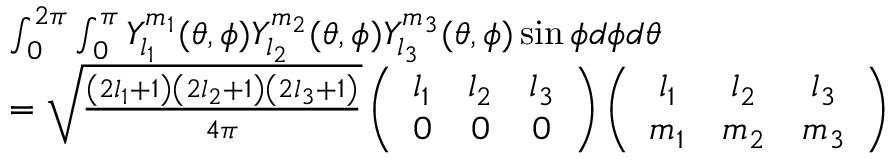
\begin{array} { r l } & { \int _ { 0 } ^ { 2 \pi } \int _ { 0 } ^ { \pi } Y _ { l _ { 1 } } ^ { m _ { 1 } } ( \theta , \phi ) Y _ { l _ { 2 } } ^ { m _ { 2 } } ( \theta , \phi ) Y _ { l _ { 3 } } ^ { m _ { 3 } } ( \theta , \phi ) \sin \phi d \phi d \theta } \\ & { = \sqrt { \frac { \left( 2 l _ { 1 } + 1 \right) \left( 2 l _ { 2 } + 1 \right) \left( 2 l _ { 3 } + 1 \right) } { 4 \pi } } \left( \begin{array} { c c c } { l _ { 1 } } & { l _ { 2 } } & { l _ { 3 } } \\ { 0 } & { 0 } & { 0 } \end{array} \right) \left( \begin{array} { c c c } { l _ { 1 } } & { l _ { 2 } } & { l _ { 3 } } \\ { m _ { 1 } } & { m _ { 2 } } & { m _ { 3 } } \end{array} \right) } \end{array}